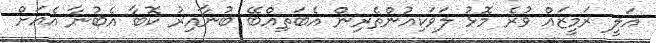
އަލީ ރަމީޒައް ވުރެ މޮޅު ލަވަކިއުންތެރިން އެބަތިއްބޭ ބުނާއިރު ކޮބާ އެބުނާ އެއަށް